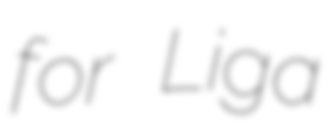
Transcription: for Liga